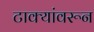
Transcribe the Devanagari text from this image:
टाक्यांवरून